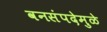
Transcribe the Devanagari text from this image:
वनसंपदेमुळे